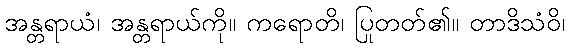
အန္တရာယံ၊ အန္တရာယ်ကို။ ကရောတိ၊ ပြုတတ်၏။ တာဒိသံဝိ၊